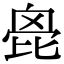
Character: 𣬌